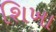
શિખા